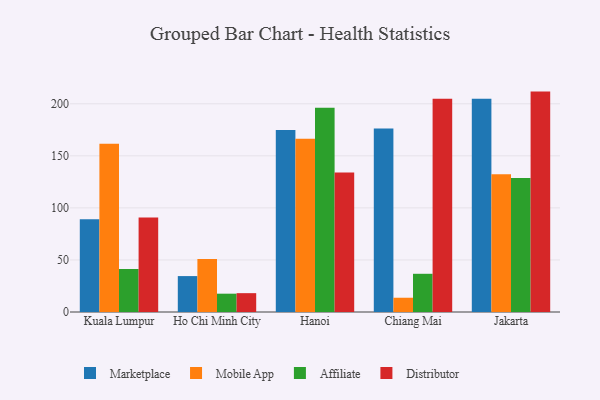
{"axis": {"x": "City", "y": "Market Share (%)"}, "legend": ["Affiliate", "Distributor", "Marketplace", "Mobile App"], "data": [{"x": "Kuala Lumpur", "y": 89.1, "type": "Marketplace"}, {"x": "Kuala Lumpur", "y": 161.6, "type": "Mobile App"}, {"x": "Kuala Lumpur", "y": 41.3, "type": "Affiliate"}, {"x": "Kuala Lumpur", "y": 90.7, "type": "Distributor"}, {"x": "Ho Chi Minh City", "y": 34.5, "type": "Marketplace"}, {"x": "Ho Chi Minh City", "y": 50.9, "type": "Mobile App"}, {"x": "Ho Chi Minh City", "y": 17.6, "type": "Affiliate"}, {"x": "Ho Chi Minh City", "y": 18.1, "type": "Distributor"}, {"x": "Hanoi", "y": 174.9, "type": "Marketplace"}, {"x": "Hanoi", "y": 166.3, "type": "Mobile App"}, {"x": "Hanoi", "y": 196.2, "type": "Affiliate"}, {"x": "Hanoi", "y": 134.1, "type": "Distributor"}, {"x": "Chiang Mai", "y": 176.3, "type": "Marketplace"}, {"x": "Chiang Mai", "y": 13.7, "type": "Mobile App"}, {"x": "Chiang Mai", "y": 36.7, "type": "Affiliate"}, {"x": "Chiang Mai", "y": 204.9, "type": "Distributor"}, {"x": "Jakarta", "y": 204.8, "type": "Marketplace"}, {"x": "Jakarta", "y": 132.3, "type": "Mobile App"}, {"x": "Jakarta", "y": 128.7, "type": "Affiliate"}, {"x": "Jakarta", "y": 211.7, "type": "Distributor"}]}